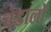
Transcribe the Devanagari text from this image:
बंडालों